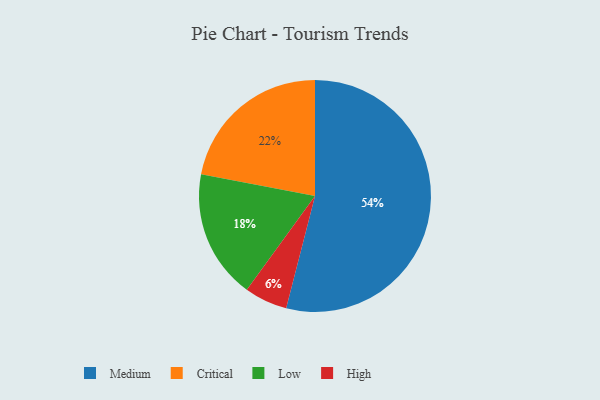
{"axis": {"x": "Category", "y": "Percentage"}, "legend": ["Critical", "High", "Low", "Medium"], "data": [{"x": "High", "y": 6, "type": "High"}, {"x": "Critical", "y": 22, "type": "Critical"}, {"x": "Low", "y": 18, "type": "Low"}, {"x": "Medium", "y": 54, "type": "Medium"}]}